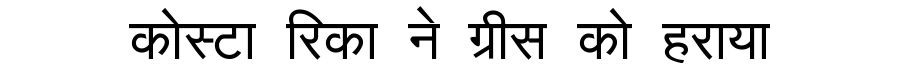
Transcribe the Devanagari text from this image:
कोस्टा रिका ने ग्रीस को हराया